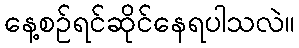
နေ့စဉ်ရင်ဆိုင်နေရပါသလဲ။